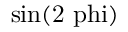
\mathrm { { s i n } ( 2 \ p h i ) }